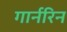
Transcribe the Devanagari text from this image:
गार्नरिन